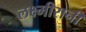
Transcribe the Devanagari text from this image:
लक्ष्मीरानी